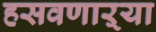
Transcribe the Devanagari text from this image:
हसवणाऱ्या